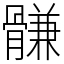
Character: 䯡